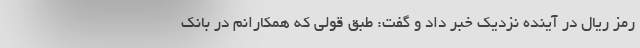
رمز ریال در آینده نزدیک خبر داد و گفت: طبق قولی که همکارانم در بانک